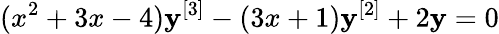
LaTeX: (x^{2}+3x-4)\mathbf{y}^{[3]}-(3x+1)\mathbf{y}^{[2]}+2\mathbf{y}=0